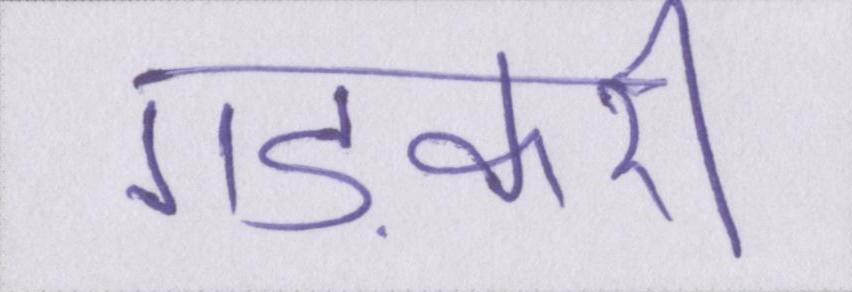
गड़करी